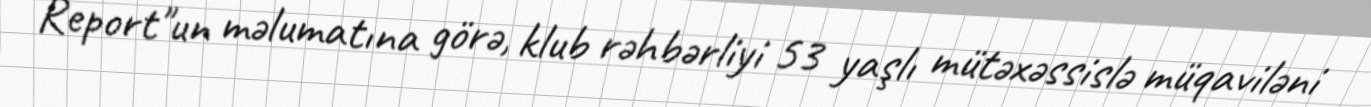
Report"un məlumatına görə, klub rəhbərliyi 53 yaşlı mütəxəssislə müqaviləni